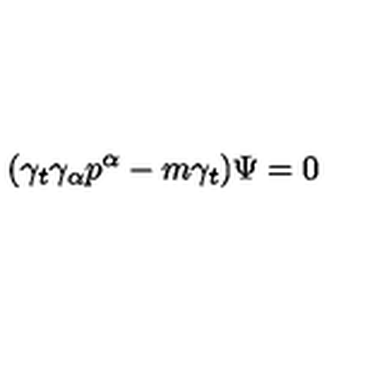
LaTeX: ( \gamma _ { t } \gamma _ { \alpha } p ^ { \alpha } - m \gamma _ { t } ) \Psi = 0